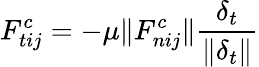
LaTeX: F_{tij}^{c}=-\mu\| F_{nij}^{c}\| \frac{\delta_{t}}{\| \delta_{t}\| }